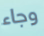
وجاء